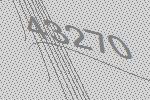
43270